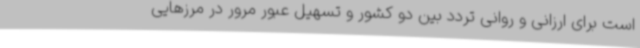
است برای ارزانی و روانی تردد بین دو کشور و تسهیل عبور مرور در مرزهایی